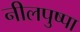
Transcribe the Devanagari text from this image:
नीलपुष्पा